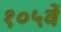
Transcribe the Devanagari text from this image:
१०५वें